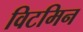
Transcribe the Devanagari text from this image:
विटमिन